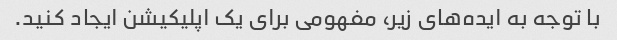
با توجه به ایده‌های زیر، مفهومی برای یک اپلیکیشن ایجاد کنید.